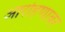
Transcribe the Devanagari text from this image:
आरोहणावर